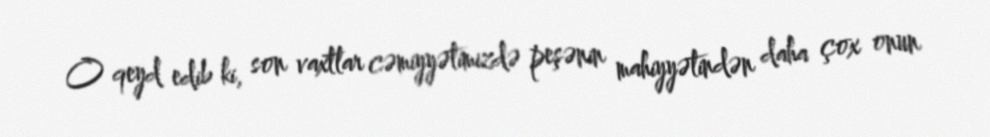
O qeyd edib ki, son vaxtlar cəmiyyətimizdə peşənin mahiyyətindən daha çox onun